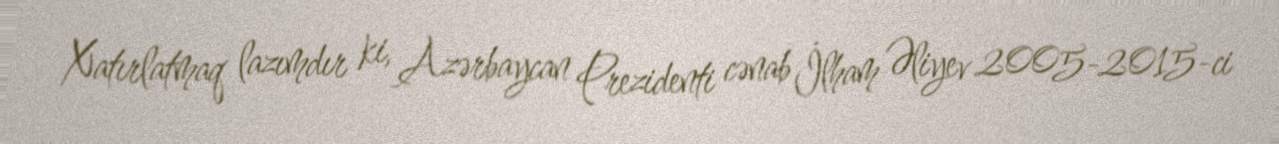
Xatırlatmaq lazımdır ki, Azərbaycan Prezidenti cənab İlham Əliyev 2005-2015-ci